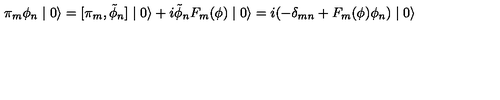
\pi _ { m } \phi _ { n } \mid 0 \rangle = [ \pi _ { m } , \tilde { \phi } _ { n } ] \mid 0 \rangle + i \tilde { \phi } _ { n } F _ { m } ( \phi ) \mid 0 \rangle = i ( - \delta _ { m n } + F _ { m } ( \phi ) \phi _ { n } ) \mid 0 \rangle